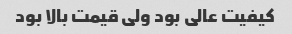
کیفیت عالی بود ولی قیمت بالا بود